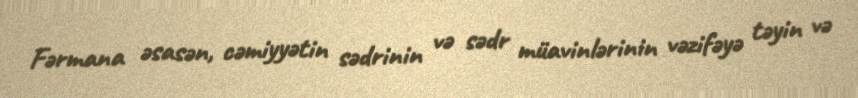
Fərmana əsasən, cəmiyyətin sədrinin və sədr müavinlərinin vəzifəyə təyin və